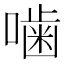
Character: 噛